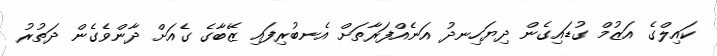
ކައިލްގެ އަޒުމް ގުޑައިގެން ދިޔަހިނދު އަނެއްފަރާތަށް އެނބުރިފައި ޒޭބާގެ ގެއަށް ދާންވެގެން ދަތުރު